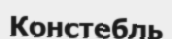
Констебль